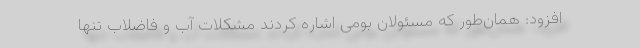
افزود: همان‌طور که مسئولان بومی اشاره کردند مشکلات آب و فاضلاب تنها